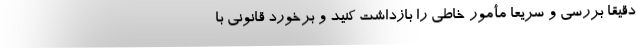
دقیقاً بررسی و سریعا مأمور خاطی را بازداشت کنید و برخورد قانونی با